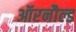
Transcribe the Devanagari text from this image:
ऑरनौल्ड